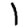
Digit: 1